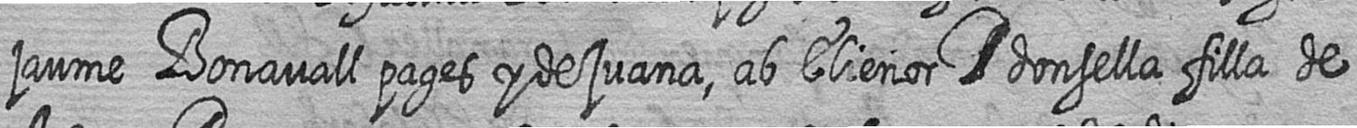
jaume Bonavall pages y de juana ab Elienor # donsella filla de